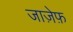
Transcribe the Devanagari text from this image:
जाज़ेफ़